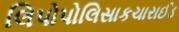
લિપોપોલિસાકચારાઈડ